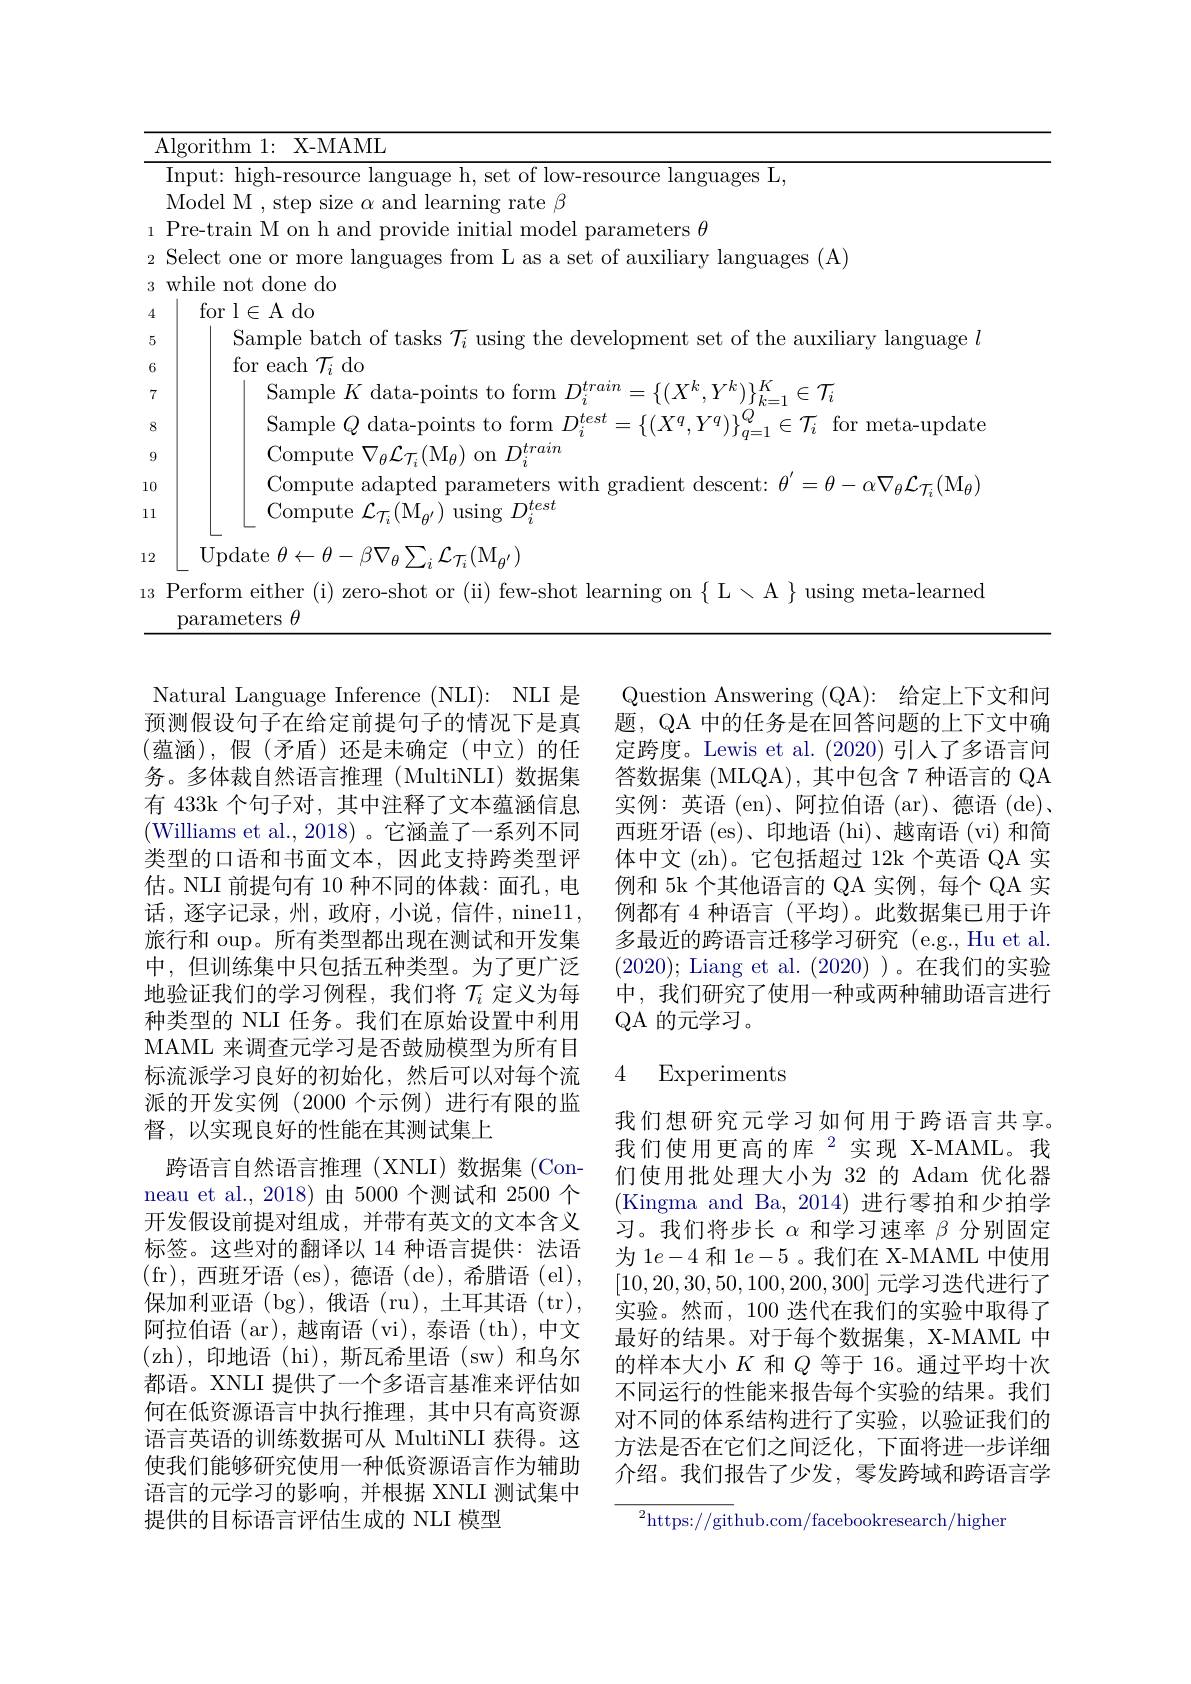
<table>
	<tbody>
		<tr>
			<td>$i$</td>
			<td>Algorithm 1: X- MAML</td>
		</tr>
		<tr>
			<td> </td>
			<td>mmil $r_{112}oes$</td>
		</tr>
		<tr>
			<td> </td>
			<td>Mode|M learning rate $\beta$</td>
		</tr>
		<tr>
			<td>1</td>
			<td> re- train M on mode $\operatorname{narameters}\theta$</td>
		</tr>
		<tr>
			<td>2</td>
			<td>Select one or ${\mathrm{s}}(A$</td>
		</tr>
		<tr>
			<td>3</td>
			<td>while not done do</td>
		</tr>
		<tr>
			<td>4</td>
			<td>for l$\in$A do</td>
		</tr>
		<tr>
			<td>5</td>
			<td>Sample batch of tasks $\mathcal{T}_i$ using the development set of the auxiliary language</td>
		</tr>
		<tr>
			<td>6</td>
			<td>for each $\mathcal{T}_i$ do</td>
		</tr>
		<tr>
			<td>7</td>
			<td>Samnle $K$ data $\in T_{c}$</td>
		</tr>
		<tr>
			<td>8</td>
			<td>Sample $O$ data-noints or meta- 11ndaf</td>
		</tr>
		<tr>
			<td>9</td>
			<td>$\mathop{\mathrm{Compute~}}\nabla_{\theta}\mathcal{L}_{\tau}(\mathop{\mathrm{M}}_{\theta})\mathop{\mathrm{on~}}D_{i}^{train}$</td>
		</tr>
		<tr>
			<td>.0</td>
			<td>Comnute ac</td>
		</tr>
		<tr>
			<td>1</td>
			<td>Compute $\mathcal{L}_{\mathcal{T}_{i}}(\mathrm{M}_{\theta^{\prime}})$ using $D_i^{test}$</td>
		</tr>
		<tr>
			<td>2</td>
			<td>Update $\theta\leftarrow\theta-\beta\nabla_{\theta}\sum_{i}\mathcal{L}_{\mathcal{T}_{i}}(\mathrm{M}_{\theta^{\prime}})$</td>
		</tr>
		<tr>
			<td>3</td>
			<td>Perform either (i) zero-shot or (ii) few-shot learning on $\{$L$\smallsetminus$A $\}$using meta-learned parameters $\theta$</td>
		</tr>
		<tr>
			<td> </td>
			<td>parameters</td>
		</tr>
	</tbody>
</table>

Question Answering (QA): 给定上下文和问
预测假设句子在给定前提句子的情况下是真 题，QA 中的任务是在回答问题的上下文中确(蕴涵),假(矛盾)还是未确定(中立)的任 定跨度。Lewis et al.(2020)引人了多语言问务。多体裁自然语言推理 (MultiNLI) 数据集 答数据集 (MLQA), 其中包含 7 种语言的 QA
实例：英语 (en)、阿拉伯语 (ar)、德语 (de)、 西班牙语 (es)、印地语 (hi)、越南语 (vi) 和简体中文 (zh)。它包括超过 12k 个英语 QA 实例和 5k 个其他语言的 QA 实例，每个 QA 实例都有 4 种语言(平均)。此数据集已用于许多最近的跨语言迁移学习研究(e.g.,Hu et al. (2020); Liang et al. (2020) )。在我们的实验中，我们研究了使用一种或两种辅助语言进行QA 的元学习。

## 4 Experiments

Natural Language Inference ( NLI) : NLI 是有 433k 个句子对，其中注释了文本蕴涵信息(Williams et al., 2018)。它涵盖了一系列不同类型的口语和书面文本，因此支持跨类型评估。NLI 前提句有 10 种不同的体裁：面孔，电话，逐字记录，州，政府，小说，信件，nine11, 旅行和 oup。所有类型都出现在测试和开发集中，但训练集中只包括五种类型。为了更广泛地验证我们的学习例程，我们将$\mathcal{T}_i$定义为每种类型的 NLI 任务。我们在原始设置中利用MAML 来调查元学习是否鼓励模型为所有目标流派学习良好的初始化，然后可以对每个流派的开发实例(2000 个示例)进行有限的监督，以实现良好的性能在其测试集上
跨语言自然语言推理(XNLI)数据集(Conneau et al., 2018)由 5000 个测试和 2500 个开发假设前提对组成，并带有英文的文本含义标签。这些对的翻译以 14 种语言提供：法语(fr),西班牙语 (es),德语 (de),希腊语 (el), 保加利亚语(bg),俄语(ru),土耳其语(tr), 阿拉伯语 (ar), 越南语 (vi), 泰语 (th), 中文(zh),印地语(hi),斯瓦希里语(sw)和乌尔都语。XNLI 提供了一个多语言基准来评估如何在低资源语言中执行推理，其中只有高资源语言英语的训练数据可从 MultiNLI 获得。这使我们能够研究使用一种低资源语言作为辅助语言的元学习的影响，并根据 XNLI 测试集中提供的目标语言评估生成的 NLI 模型

我们想研究元学习如何用于跨语言共享。我们使用更高的库$^{2}$实现 X-MAML。我们使用批处理大小为 32 的 Adam 优化器(Kingma and Ba,2014)进行零拍和少拍学习。我们将步长$\alpha$和学习速率$\beta$分别固定为 1$e-4$和 1$e-5$ 。我们在 X-MAML 中使用[10,20,30,50,100,200,300]元学习迭代进行了实验。然而，100 迭代在我们的实验中取得了最好的结果。对于每个数据集，X-MAML 中的样本大小$K$和$Q$等于 16。通过平均十次不同运行的性能来报告每个实验的结果。我们对不同的体系结构进行了实验，以验证我们的方法是否在它们之间泛化，下面将进一步详细介绍。我们报告了少发，零发跨域和跨语言学

$^{2}$https://github.com/facebookresearch/higher